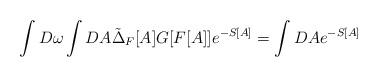
LaTeX: \begin{align*}\int D\omega \int DA \tilde{\Delta}_F[A]G[F[A]]e^{-S[A]}=\int DA e^{-S[A]}\end{align*}